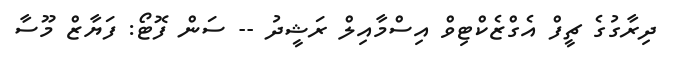
ދިރާގުގެ ޗީފް އެގްޒެކްޓިވް އިސްމާއިލް ރަޝީދު -- ސަން ފޮޓޯ: ފަޔާޒް މޫސާ